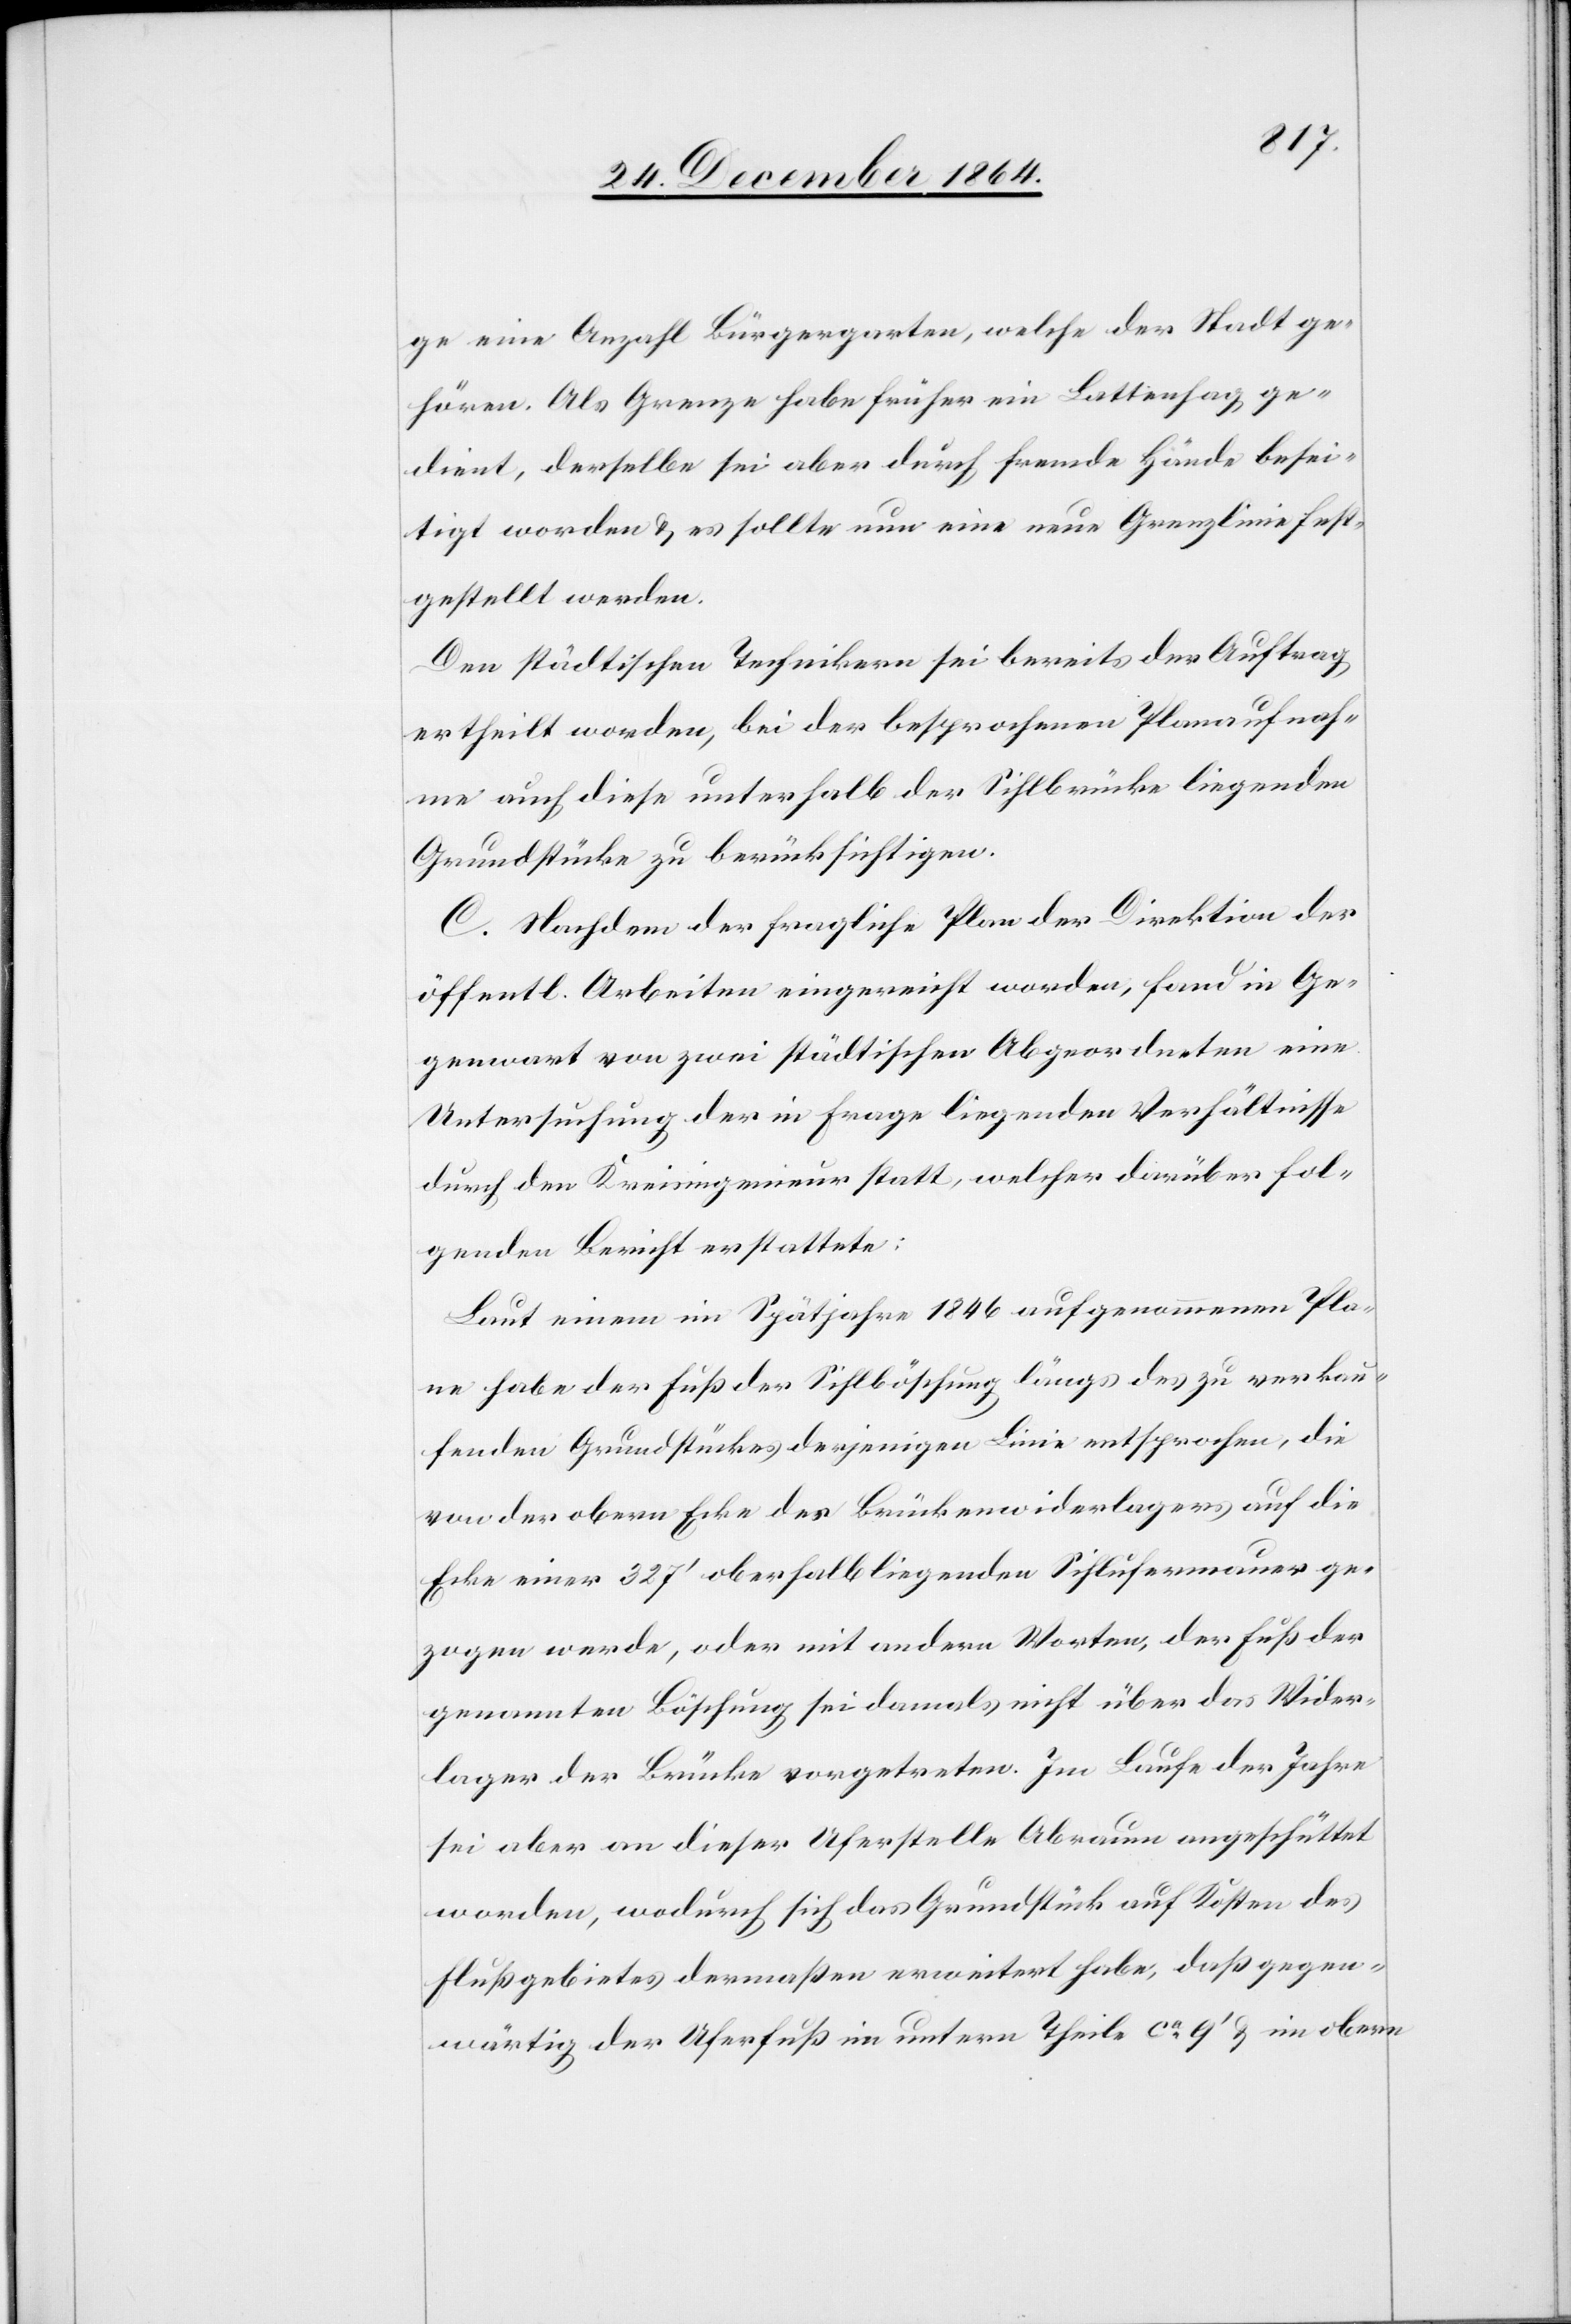
ge eine Anzahl Bürgergarten, welche der Stadt ge¬
hören. Als Grenze habe früher ein Lattenhag ge¬
dient, derselbe sei aber durch fremde Hände besei¬
tigt worden & es sollte nun eine neue Grenzlinie fest¬
gestellt werden.
Den städtischen Technikern sei bereits der Auftrag
ertheilt worden, bei der besprochenen Planaufnah¬
me auch diese unterhalb der Sihlbrücke liegenden
Grundstücke zu berücksichtigen.
C. Nachdem der fragliche Plan der Direktion der
öffentl. Arbeiten eingereicht worden, fand in Ge¬
genwart von zwei städtischen Abgeordneten eine
Untersuchung der in Frage liegenden Verhältnisse
durch den Kreisingenieur statt, welcher darüber fol¬
genden Bericht erstattete:
Laut einem im Spätjahre 1846 aufgenommenen Pla¬
ne habe der Fluß der Sihlböschung längs des zu verkau¬
fenden Grundstückes derjenigen Linie entsprochen, die
von der obern Ecke des Brückenwiderlagers auf die
Ecke einer 327’ oberhalb liegenden Sihlufermauer ge¬
zogen werde, oder mit andern Worten, der Fuß der
genannten Böschung sei damals nicht über das Wider¬
lager der Brücke vorgetreten. Im Laufe der Jahre
sei aber an dieser Uferstelle Abraum angeschüttet
worden, wodurch sich das Grundstück auf Kosten des
Flußgebietes dermaßen erweitert habe, daß gegen¬
wärtig der Uferfuß im untern Theile ca 9’ & im obern